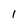
Character: l